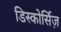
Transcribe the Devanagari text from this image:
डिस्कोर्सिज़